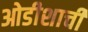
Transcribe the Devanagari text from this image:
ओडीशाची